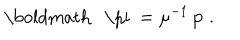
LaTeX: \mathrm { \boldmath ~ \ p i ~ } = \mu ^ { - 1 } \, { \bf p } \; .